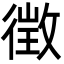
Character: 徴